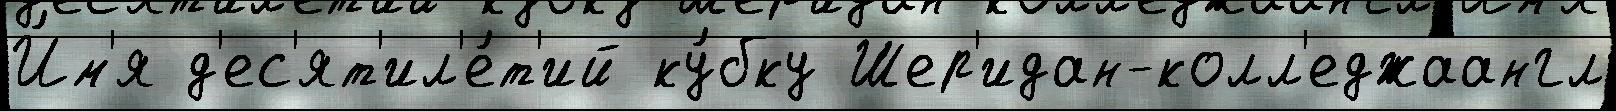
И́м'я д'ес'ят'ил'е́т'ий ку́бку Шер'идан-колл'еджаангл